Medical and sanitary report of the native army of Madras for the year
Year: 1875
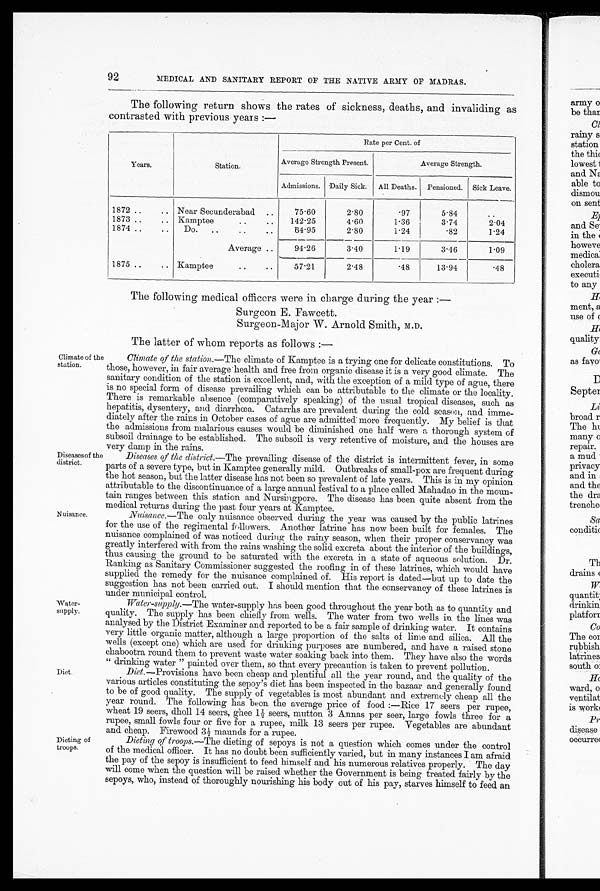
92 MEDICAL AND SANITARY REPORT OF THE NATIVE ARMY OF MADRAS.
The following return shows the rates of sickness, deaths, and invaliding as
contrasted with previous years:—
Years.
Station.
Rate per Cent. of
Average Strength Present.
Average Strength.
Admissions. Daily Sick. All Deaths. Pensioned. Sick Leave.
1872
Near Secunderabad
75.60
2.80
.97
5.84
..
1873
Kamptee
1 4 2 . 2 5
4.60
1.36
3 . 7 4
2 . 0 4
1874
Do.
6 4 . 9 5
2.80
1.24
.82
1.24
Average
94.26
3.40
1.19
3.46
1.09
1875
Kamptee
57.21
2.48
.48
13.94
. 4 8
Climate of the
station.
Diseases of the
district.
Nuisance.
Water-
supply.
Diet.
Dieting of
troops.
The following medical officers were in charge during the year:—
Surgeon E. Fawcett.
Surgeon-Major W. Arnold Smith, M.D.
The latter of whom reports as follows :—
Climate of the station.—The climate of Kamptee is a trying one for delicate constitutions. To
those, however, in fair average health and free from organic disease it is a very good climate. The
sanitary condition of the station is excellent, and, with the exception of a mild type of ague, there
is no special form of disease prevailing which can be attributable to the climate or the locality.
There is remarkable absence (comparatively speaking) of the usual tropical diseases, such as
hepatitis, dysentery, and diarrhœa. Catarrhs are prevalent during the cold season, and imme-
diately after the rains in October cases of ague are admitted more frequently. My belief is that
the admissions from malarious causes would be diminished one half were a thorough system of
subsoil drainage to be established. The subsoil is very retentive of moisture, and the houses are
very damp in the rains.
Diseases of the district.—The prevailing disease of the district is intermittent fever, in some
parts of a severe type, but in Kamptee generally mild. Outbreaks of small-pox are frequent during
the hot season, but the latter disease has not been so prevalent of late years. This is in my opinion
attributable to the discontinuance of a large annual festival to a place called Mahadao in the moun
-tain ranges between this station and Nursingpore. The disease has been quite absent from the
medical returns during the past four years at Kamptee.
Nuisance. —The only nuisance observed during the year was caused by the public latrines
for the use of the regimental followers. Another latrine has now been built for females. The
nuisance complained of was noticed during the rainy season, when their proper conservancy was
greatly interfered with from the rains washing the solid excreta about the interior of the buildings,
thus causing the ground to be saturated with the excreta in a state of aqueous solution. Dr.
Ranking as Sanitary Commissioner suggested the roofing in of these latrines, which would have
supplied the remedy for the nuisance complained of. His report is
dated—but up to date the
suggestion has not been carried out. I should mention that the conservancy of these latrines is
under municipal control.
Water-supply.—The water-supply has been good throughout the year both as to quantity and
quality. The supply has been chiefly from wells. The water from two wells in the lines was
analysed by the District Examiner and reported to be a fair sample of drinking water. It contains
very little organic matter, although a large proportion of the salts of lime and silica. All the
wells (except one) which are used for drinking purposes are numbered, and have a raised stone
chabootra round them to prevent waste water soaking back into them. They have also the words
"drinking water" painted over them, so that every precaution is taken to prevent pollution.
Diet.—Provisions have been cheap and plentiful all the year round, and the quality of the
various articles constituting the sepoy's diet has been inspected in the bazaar and generally found
to be of good quality. The supply of vegetables is most abundant and extremely cheap all the
year round. The following has been the average price of food:—Rice 17 seers per rupee,
wheat 19 seers, dholl 14 seers, ghee 1 1/2 seers, mutton 3 Annas per seer, large fowls three for a
rupee, small fowls four or five for a rupee, milk 13 seers per rupee. Vegetables are abundant
and cheap. Firewood 3 1/2 maunds for a rupee.
Dieting of troops .—The dieting of sepoys is not a question which comes under the control
of the medical officer. It has no doubt been sufficiently varied, but in many instances I am afraid
the pay of the sepoy is insufficient to feed himself and his numerous relatives properly. The day
will come when the question will be raised whether the Government is being treated fairly by the
sepoys, who, instead of thoroughly nourishing his body out of his pay, starves himself to feed an